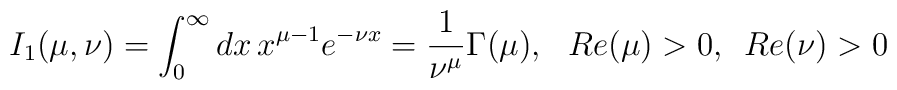
I_{1}(\mu,\nu)=\int_{0}^{\infty}dx \,x^{\mu-1}e^{-\nu x}=\frac1{\nu^{\mu}}\Gamma(\mu),\,\,\,\,Re(\mu)>0,\,\,\,Re(\nu)>0